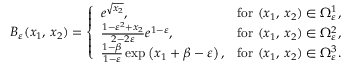
B _ { \varepsilon } ( x _ { 1 } , \, x _ { 2 } ) = \left\{ \begin{array} { l l } { e ^ { \sqrt { x _ { 2 } } } , } & { \mathrm { f o r ~ } ( x _ { 1 } , \, x _ { 2 } ) \in \Omega _ { \varepsilon } ^ { 1 } , } \\ { \frac { 1 - \varepsilon ^ { 2 } + x _ { 2 } } { 2 - 2 \varepsilon } e ^ { 1 - \varepsilon } , } & { \mathrm { f o r ~ } ( x _ { 1 } , \, x _ { 2 } ) \in \Omega _ { \varepsilon } ^ { 2 } , } \\ { \frac { 1 - \beta } { 1 - \varepsilon } \exp \left( x _ { 1 } + \beta - \varepsilon \right) , } & { \mathrm { f o r ~ } ( x _ { 1 } , \, x _ { 2 } ) \in \Omega _ { \varepsilon } ^ { 3 } . } \end{array} \right.